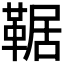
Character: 𩋜